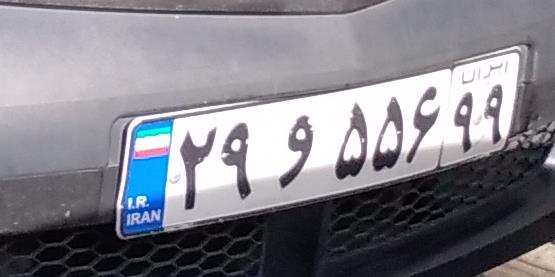
۲۹و۵۵۶۹۹